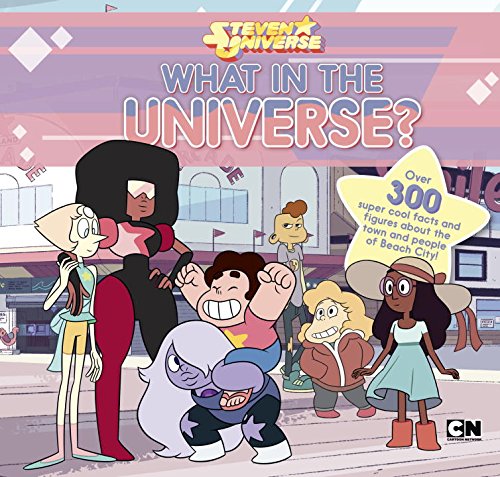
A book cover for What in the Universe? (Steven Universe); Jake Black; Reference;